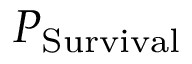
P _ { \mathrm { S u r v i v a l } }